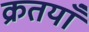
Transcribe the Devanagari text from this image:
क्रतयाँ